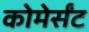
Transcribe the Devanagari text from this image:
कोमेर्संट